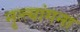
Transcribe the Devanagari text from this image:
नृत्त्यांगना